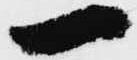
一